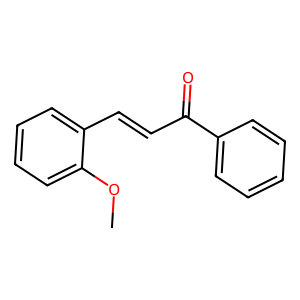
SMILES: COc1ccccc1C=CC(=O)c1ccccc1
Inhibits HIV replication: No